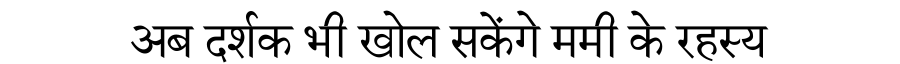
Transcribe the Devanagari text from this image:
अब दर्शक भी खोल सकेंगे ममी के रहस्य